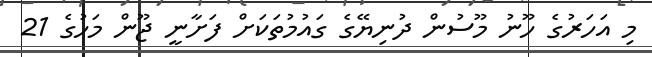
މި އަހަރުގެ ހޫނު މޫސުން ދުނިޔޭގެ ގައުމުތަކަށް ފަށާނީ ޖޫން މަހުގެ 21